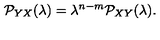
{ \cal P } _ { Y X } ( \lambda ) = \lambda ^ { n - m } { \cal P } _ { X Y } ( \lambda ) .